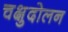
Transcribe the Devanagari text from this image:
चक्षुदोलन